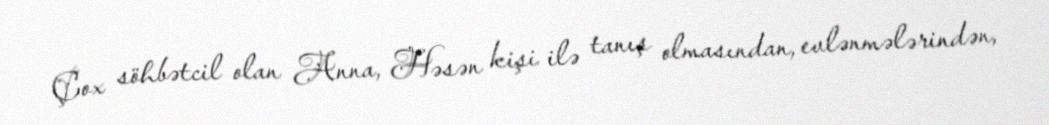
Çox söhbətcil olan Anna, Həsən kişi ilə tanış olmasından, evlənmələrindən,